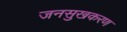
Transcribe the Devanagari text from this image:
जनसुखकरण